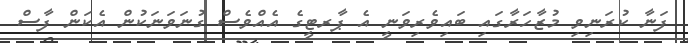
ފަނާ ކުރަނިވި މުޒާހަރާގައި ބައިވެރިވަނީ އެ ޕާރޓީގެ އެއްވެސް ގުނަވަނަކުން އެކަން ފާސް